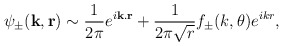
\begin{align*}\psi_{\pm}(\mathbf{k}, \mathbf{r}) \sim \frac{1}{2\pi} e^{i\mathbf{k}.\mathbf{r}} + \frac{1}{2\pi\sqrt{r}} f_{\pm}(k, \theta) e^{ikr},\end{align*}